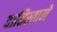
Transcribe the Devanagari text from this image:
दातिस्ताने